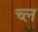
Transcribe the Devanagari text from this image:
च्ल